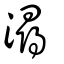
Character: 潯